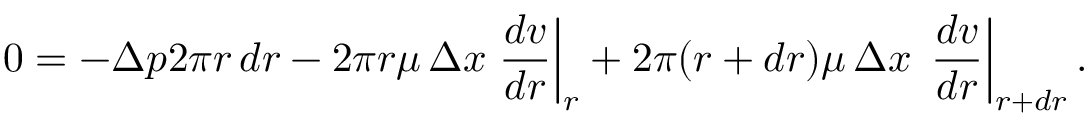
0 = - \Delta p 2 \pi r \, d r - 2 \pi r \mu \, \Delta x \left. { \frac { d v } { d r } } \right| _ { r } + 2 \pi ( r + d r ) \mu \, \Delta x \, \left. { \frac { d v } { d r } } \right\vert _ { r + d r } .